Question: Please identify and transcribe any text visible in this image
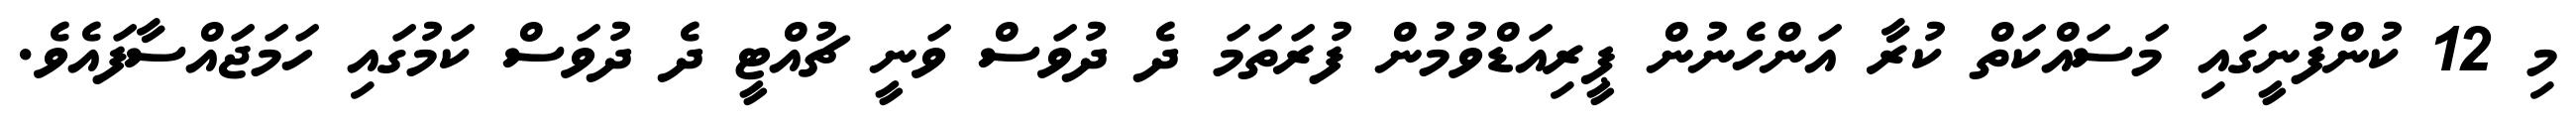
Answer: މި 12 ކުންފުނީގައި މަސައްކަތް ކުރާ އަންހެނުން ޕީރިއަޑްވުމުން ފުރަތަމަ ދެ ދުވަސް ވަނީ ޗުއްޓީ ދެ ދުވަސް ކަމުގައި ހަމަޖައްސާފައެވެ.